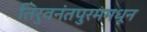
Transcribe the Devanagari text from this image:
तिरुवनंतपुरममधून